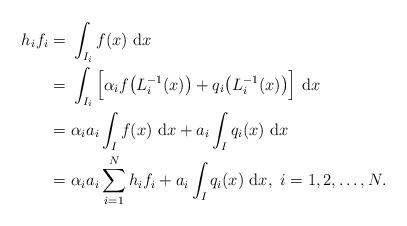
LaTeX: \begin{align*}h_i f_i =&~ \int_{I_i} f(x) ~\mathrm{d} x\\=&~ \int_{I_i} \Big[ \alpha_i f \big(L_i^{-1}(x)\big)+ q_i \big(L_i^{-1}(x)\big) \Big]~\mathrm{d} x\\=&~ \alpha_i a_i \int_{I} f(x)~ \mathrm{d} x + a_i \int_{I} q_i(x)~ \mathrm{d} x\\=&~ \alpha_i a_i \sum_{i=1}^N h_i f_i + a_i \int_{I} q_i(x)~ \mathrm{d} x, ~i=1,2,\dots, N.\end{align*}